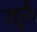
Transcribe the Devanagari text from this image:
उडुनी